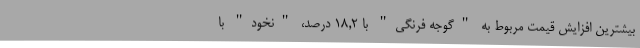
بیشترین افزایش قیمت مربوط به "گوجه فرنگی" با ١٨,٢ درصد، "نخود" با